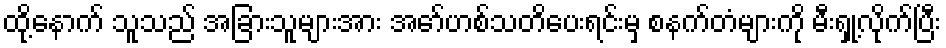
ထို့နောက် သူသည် အခြားသူများအား အော်ဟစ်သတိပေးရင်းမှ စနက်တံများကို မီးရှု့လိုက်ပြီး